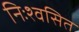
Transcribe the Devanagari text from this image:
निःश्वसित